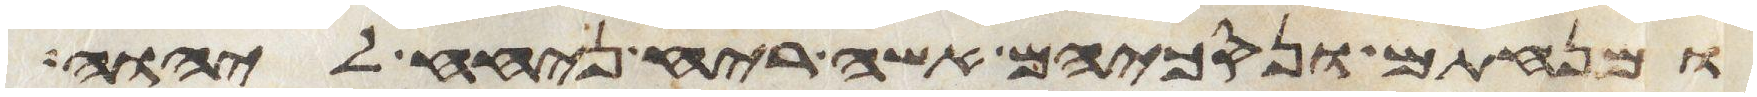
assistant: ומנחתם ונסכיהם אשה ריח ניחח ליהוה